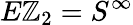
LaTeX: E\mathbb{Z}_{2}=S^{\infty}